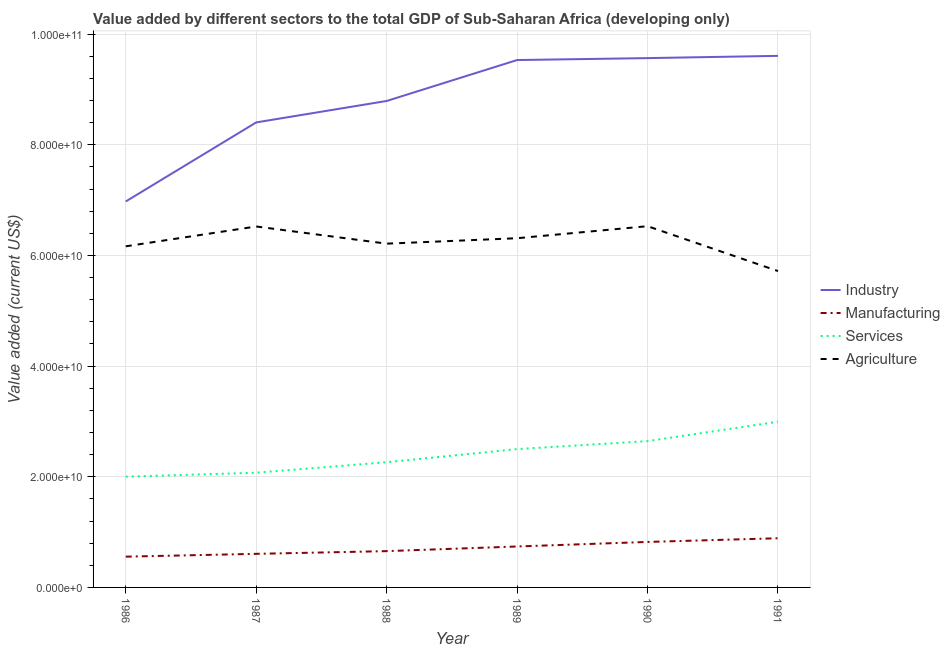
| Year | Industry | Manufacturing | Services | Agriculture |
 | --- | --- | --- | --- | --- |
 | 1986 | 6.98e+10 | 5.56e+09 | 2e+10 | 6.17e+10 |
 | 1987 | 8.4e+10 | 6.07e+09 | 2.07e+10 | 6.52e+10 |
 | 1988 | 8.79e+10 | 6.56e+09 | 2.26e+10 | 6.21e+10 |
 | 1989 | 9.53e+10 | 7.4e+09 | 2.5e+10 | 6.31e+10 |
 | 1990 | 9.57e+10 | 8.22e+09 | 2.64e+10 | 6.53e+10 |
 | 1991 | 9.61e+10 | 8.89e+09 | 3e+10 | 5.72e+10 |